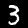
Label: 3